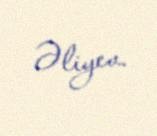
Əliyev.